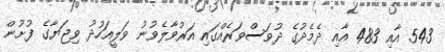
543 އާއި 483 އާއި ދެމެދުގެ ދުވަސްވަރެއްގައި އަރުވާލެވުނު ވަލީއަހުދު ވިޖަޔާގެ ފުށުން